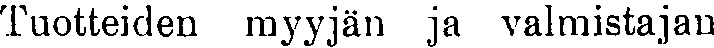
Tuotteiden myyjän ja valmistajan